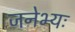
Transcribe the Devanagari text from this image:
जनेभ्यः